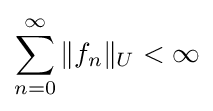
\sum _{n=0}^{\infty }\|f_{n}\|_{U}<\infty